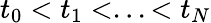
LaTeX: t_{0}<t_{1}<...<t_{N}